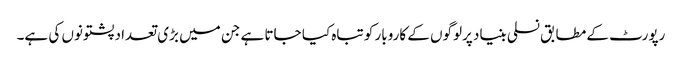
رپورٹ کے مطابق نسلی بنیاد پرلوگوں کے کاروبار کو تباہ کیا جاتا ہے جن میں بڑی تعداد پشتونوں کی ہے۔